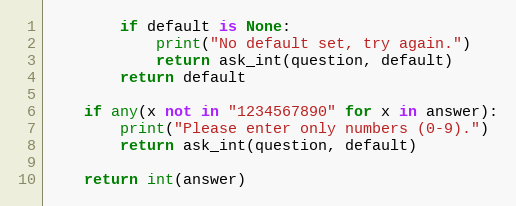
Language: Python
        if default is None:
            print("No default set, try again.")
            return ask_int(question, default)
        return default

    if any(x not in "1234567890" for x in answer):
        print("Please enter only numbers (0-9).")
        return ask_int(question, default)

    return int(answer)